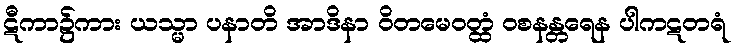
ဋီကာ၌ကား ယသ္မာ ပနာတိ အာဒိနာ ဝိတမေဝတ္ထံ ဝစနန္တရေန ပါကဋတရံ